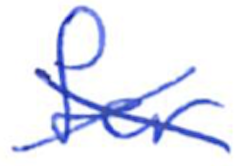
Text: for
Cross-out: cross
Writing tool: ballpoint